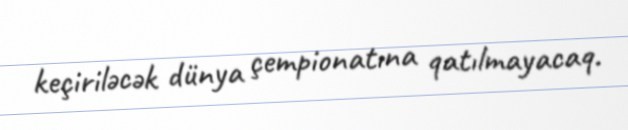
keçiriləcək dünya çempionatına qatılmayacaq.